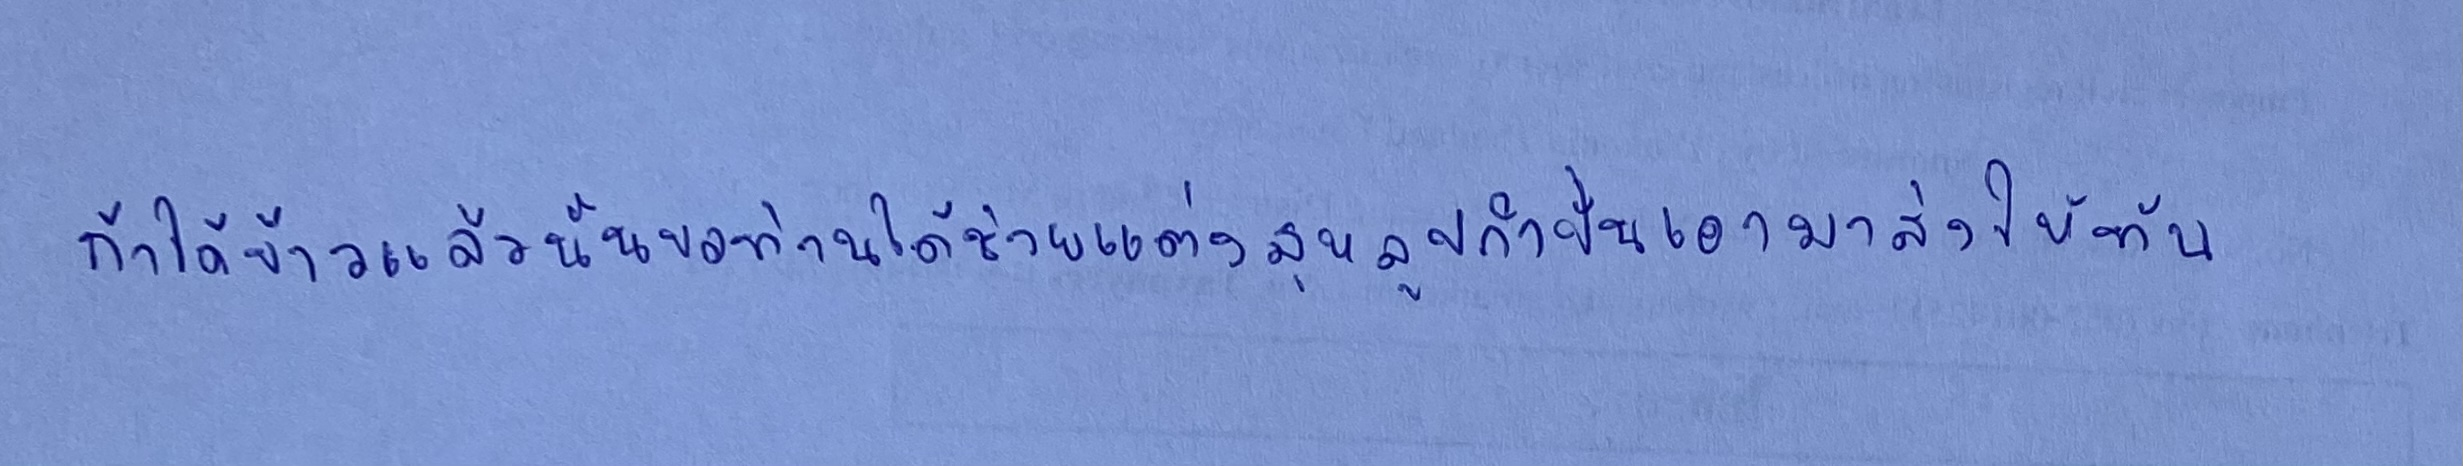
ถ้าได้ข้าวแล้วนั้นขอท่านได้ช่วยแต่งสุหลุปกำปั่นเอามาส่งให้ทัน